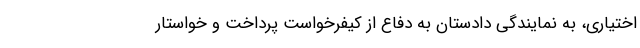
اختیاری، به نمایندگی دادستان به دفاع از کیفرخواست پرداخت و خواستار